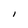
Character: l